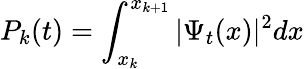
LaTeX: P_{k}(t)=\int_{x_{k}}^{x_{k+1}}|\Psi_{t}(x)|^{2}dx